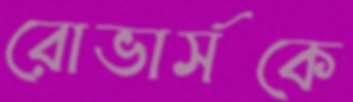
রোভার্সকে